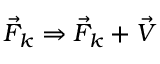
\begin{array} { r } { \vec { F } _ { k } \Rightarrow \vec { F } _ { k } + \vec { V } } \end{array}